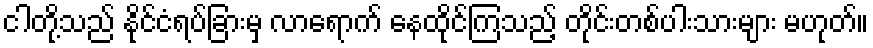
ငါတို့သည် နိုင်ငံရပ်ခြားမှ လာရောက် နေထိုင်ကြသည့် တိုင်းတစ်ပါးသားများ မဟုတ်။